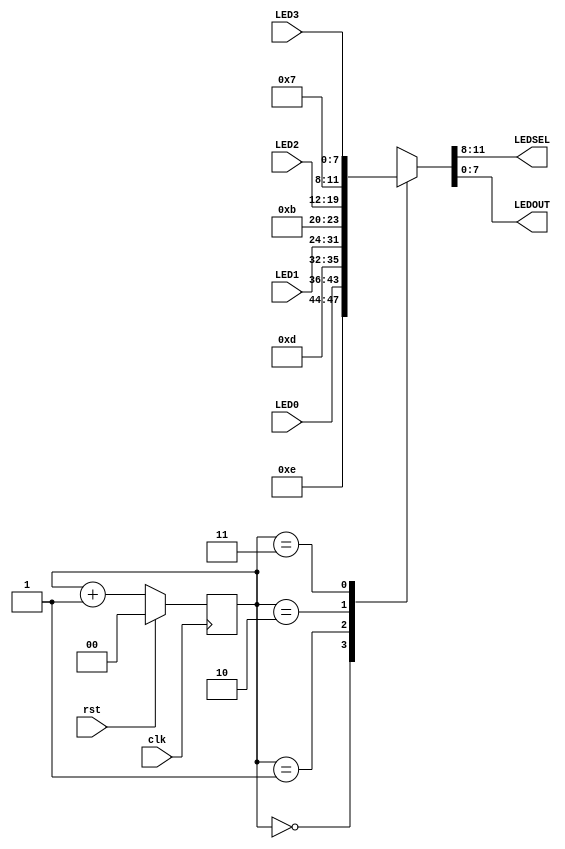
`timescale 1ns / 1ps

module led_mux (
        input  wire       clk,
        input  wire       rst,
        input  wire [7:0] LED3,
        input  wire [7:0] LED2, 
        input  wire [7:0] LED1,
        input  wire [7:0] LED0,
        output wire [3:0] LEDSEL,
        output wire [7:0] LEDOUT
    );
    
    reg [1:0]  index; //2-bit variable 
    reg [11:0] led_ctrl; //12-bit variable
    assign {LEDSEL, LEDOUT} = led_ctrl; 
    
    always @ (posedge clk) index <= (rst) ? 2'b0 : (index + 2'd1);
    // If rst (reset) is true, then index = 0, else index++
    always @ (index, LED0, LED1, LED2, LED3) 
    begin
        case (index) 
            4'd0: led_ctrl <= {4'b1110, LED0};
            4'd1: led_ctrl <= {4'b1101, LED1}; //executes when index = 1
            4'd2: led_ctrl <= {4'b1011, LED2};
            4'd3: led_ctrl <= {4'b0111, LED3};
           default: led_ctrl <={8'b1111, 8'hFF};
        endcase
    end
endmodule